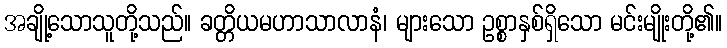
အချို့သောသူတို့သည်။ ခတ္တိယမဟာသာလာနံ၊ များသော ဥစ္စာနှစ်ရှိသော မင်းမျိုးတို့၏။